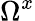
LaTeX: \Omega^{x}